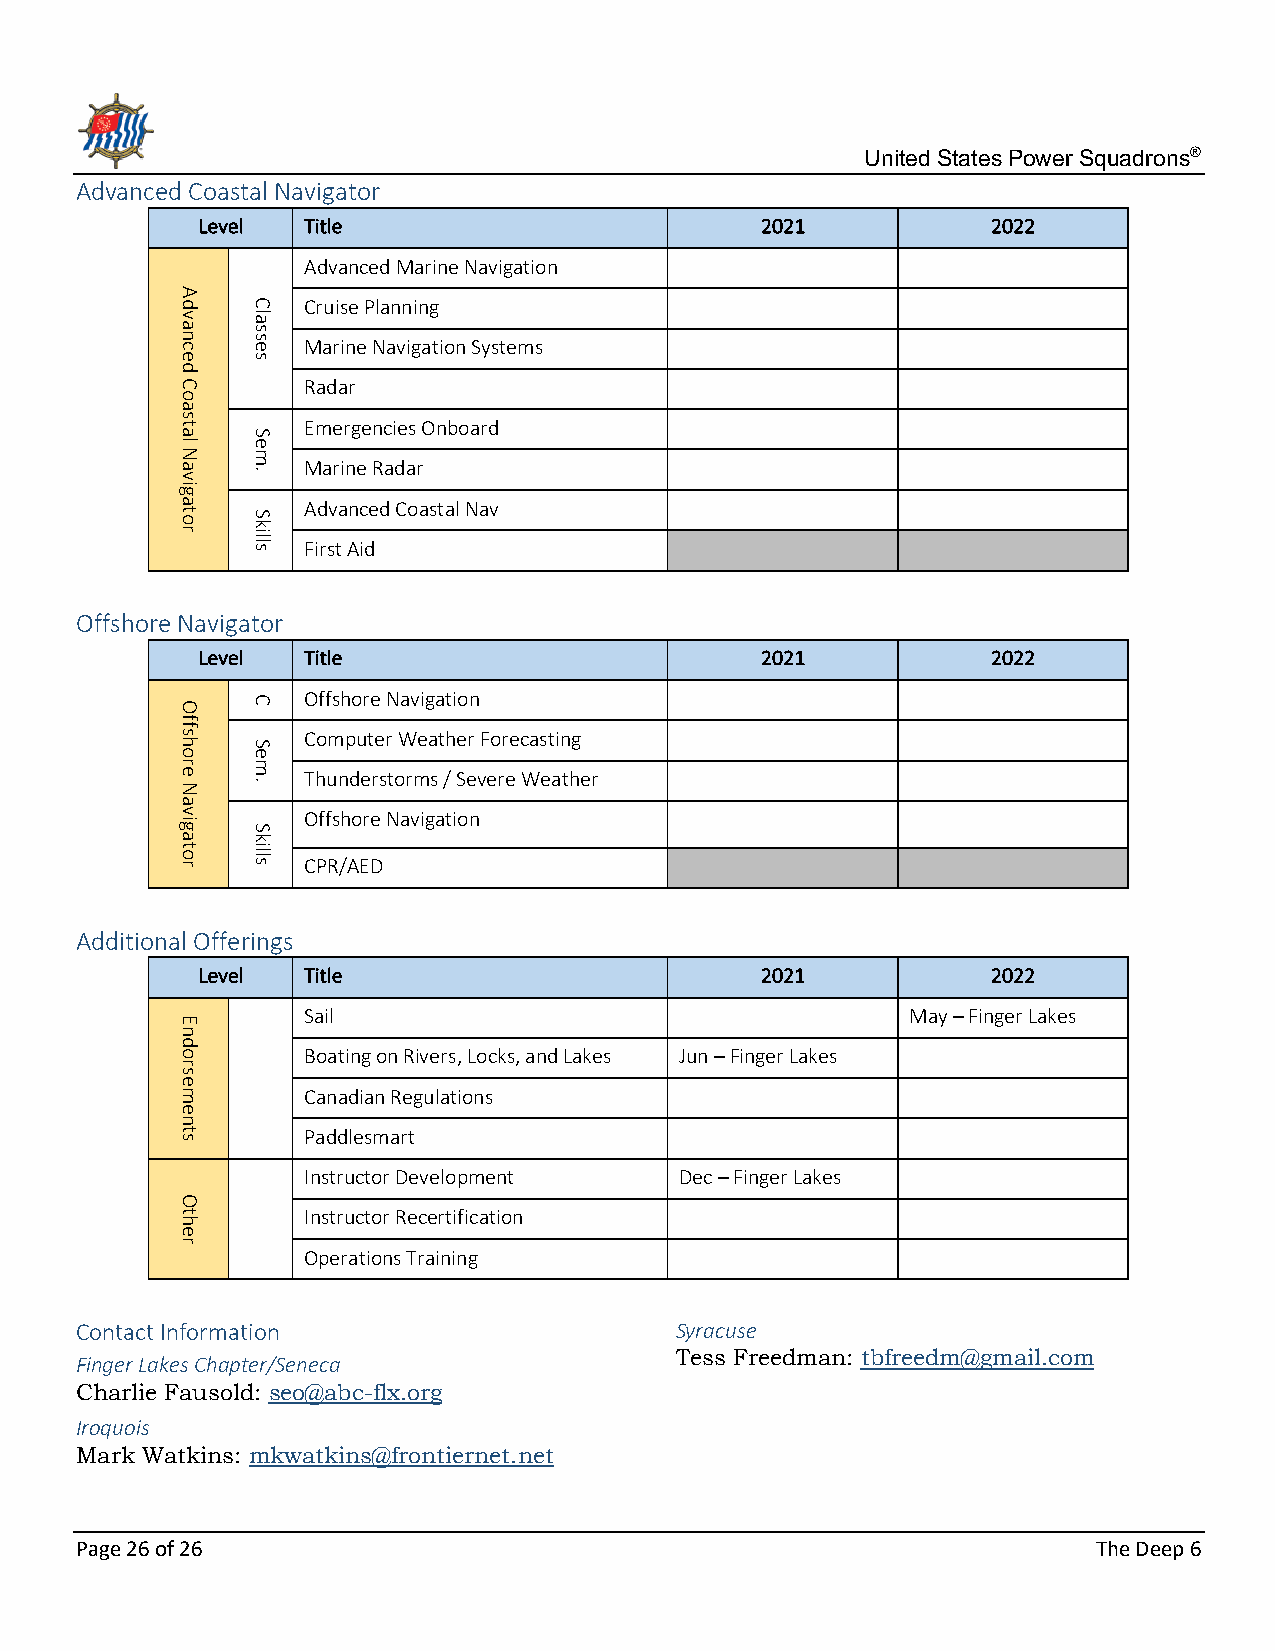
United States Power Squadrons®
 Advanced Coastal Navigator
 Level  Title                         2021            2022
 Advanced Marine Navigation
 Cruise Planning
 Marine Navigation Systems
 Radar
 Emergencies Onboard
 Marine Radar
 Advanced Coastal Nav
 First Aid
 Offshore Navigator
 Level  Title                         2021            2022
 Offshore Navigation
 Computer Weather Forecasting
 Thunderstorms / Severe Weather
 Offshore Navigation
 CPR/AED
 Additional Offerings
 Level  Title                         2021            2022
 Sail                                    May – Finger Lakes
 Boating on Rivers, Locks, and Lakes Jun – Finger Lakes
 Canadian Regulations
 Paddlesmart
 Instructor Development   Dec – Finger Lakes
 Instructor Recertification
 Operations Training
 Contact Information                     Syracuse
 Tess Freedman: tbfreedm@gmail.com
 Finger Lakes Chapter/Seneca
 Charlie Fausold: seo@abc-flx.org
 Iroquois
 Mark Watkins: mkwatkins@frontiernet.net
 Page 26 of 26                                                       The Deep 6
 Advanced
 Coastal
 Navigator
 Offshore
 Navigator
 Endorsements
 Other
 Classes
 Sem.
 Skills
 C
 Sem.
 Skills